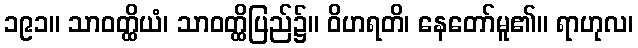
၁၉၁။ သာဝတ္ထိယံ၊ သာဝတ္ထိပြည်၌။ ဝိဟရတိ၊ နေတော်မူ၏။ ရာဟုလ၊